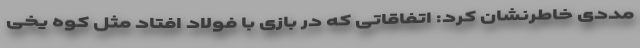
مددی خاطرنشان کرد: اتفاقاتی که در بازی با فولاد افتاد مثل کوه یخی